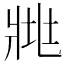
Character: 𤕿